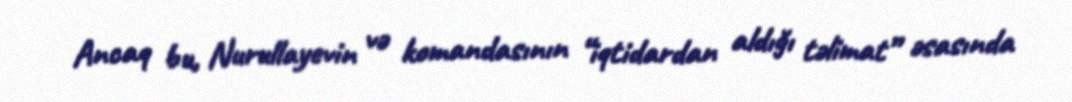
Ancaq bu, Nurullayevin və komandasının “iqtidardan aldığı təlimat” əsasında